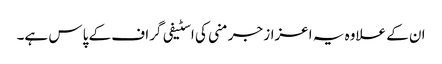
ان کے علاوہ یہ اعزاز جرمنی کی اسٹیفی گراف کے پاس ہے۔